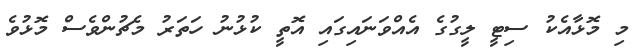
މި މޮޅާއެކު ސިޓީ ލީގުގެ އެއްވަނައިގައި އޮތީ ކުޅުނު ހަތަރު މެޗުންވެސް މޮޅުވެ